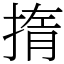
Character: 㨊